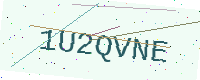
Text: 1U2QVNE